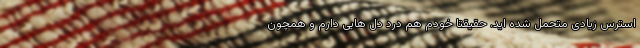
استرس زیادی متحمل شده اید. حقیقتا خودم هم درد دل هایی دارم و همچون